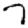
Digit: 7